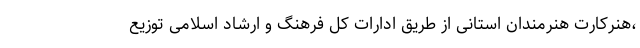
،هنرکارت هنرمندان استانی از طریق ادارات کل فرهنگ و ارشاد اسلامی توزیع